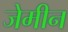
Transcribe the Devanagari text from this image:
जेमीन